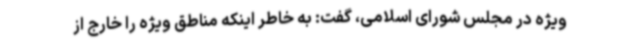
ویژه در مجلس شورای اسلامی، گفت: به خاطر اینکه مناطق ویژه را خارج از